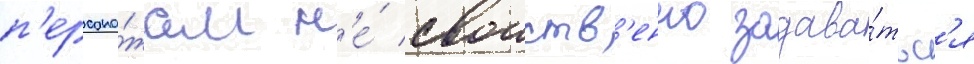
п'ерсона́жам н'е́ своиств'енно задава́тьс'я